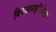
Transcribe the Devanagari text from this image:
विफलप्रवृत्तिहेतुक